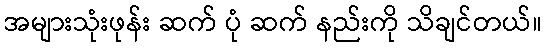
အများသုံးဖုန်း ဆက် ပုံ ဆက် နည်းကို သိချင်တယ်။